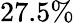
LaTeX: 27.5\%